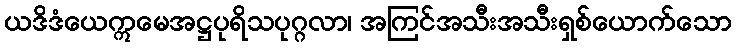
ယဒိဒံယေဣမေအဋ္ဌပုရိသပုဂ္ဂလာ၊ အကြင်အသီးအသီးရှစ်ယောက်သော